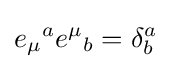
{e_{\mu }}^{a}{e^{\mu }}_{b}=\delta _{b}^{a}